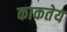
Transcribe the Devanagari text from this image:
काकतेय